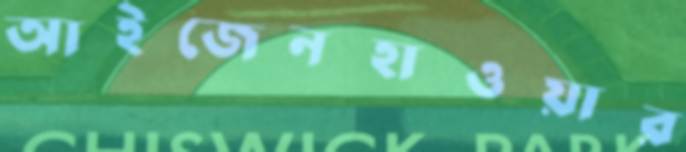
আইজেনহাওয়ার